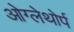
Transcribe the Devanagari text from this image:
ओग्लेथोर्प